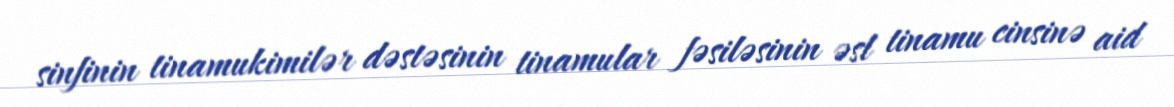
sinfinin tinamukimilər dəstəsinin tinamular fəsiləsinin əsl tinamu cinsinə aid